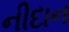
નીદાન